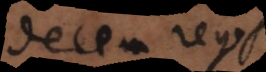
decem reges